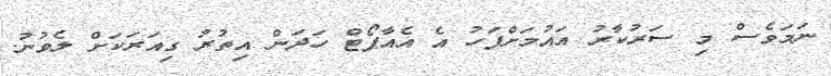
ނަމަވެސް މި ސަރުކާރު އައުމަށްފަހު އެ އެއާޕޯޓް ހަދަން އިތުރު ގިއަރަކަށް ލެވުނު.